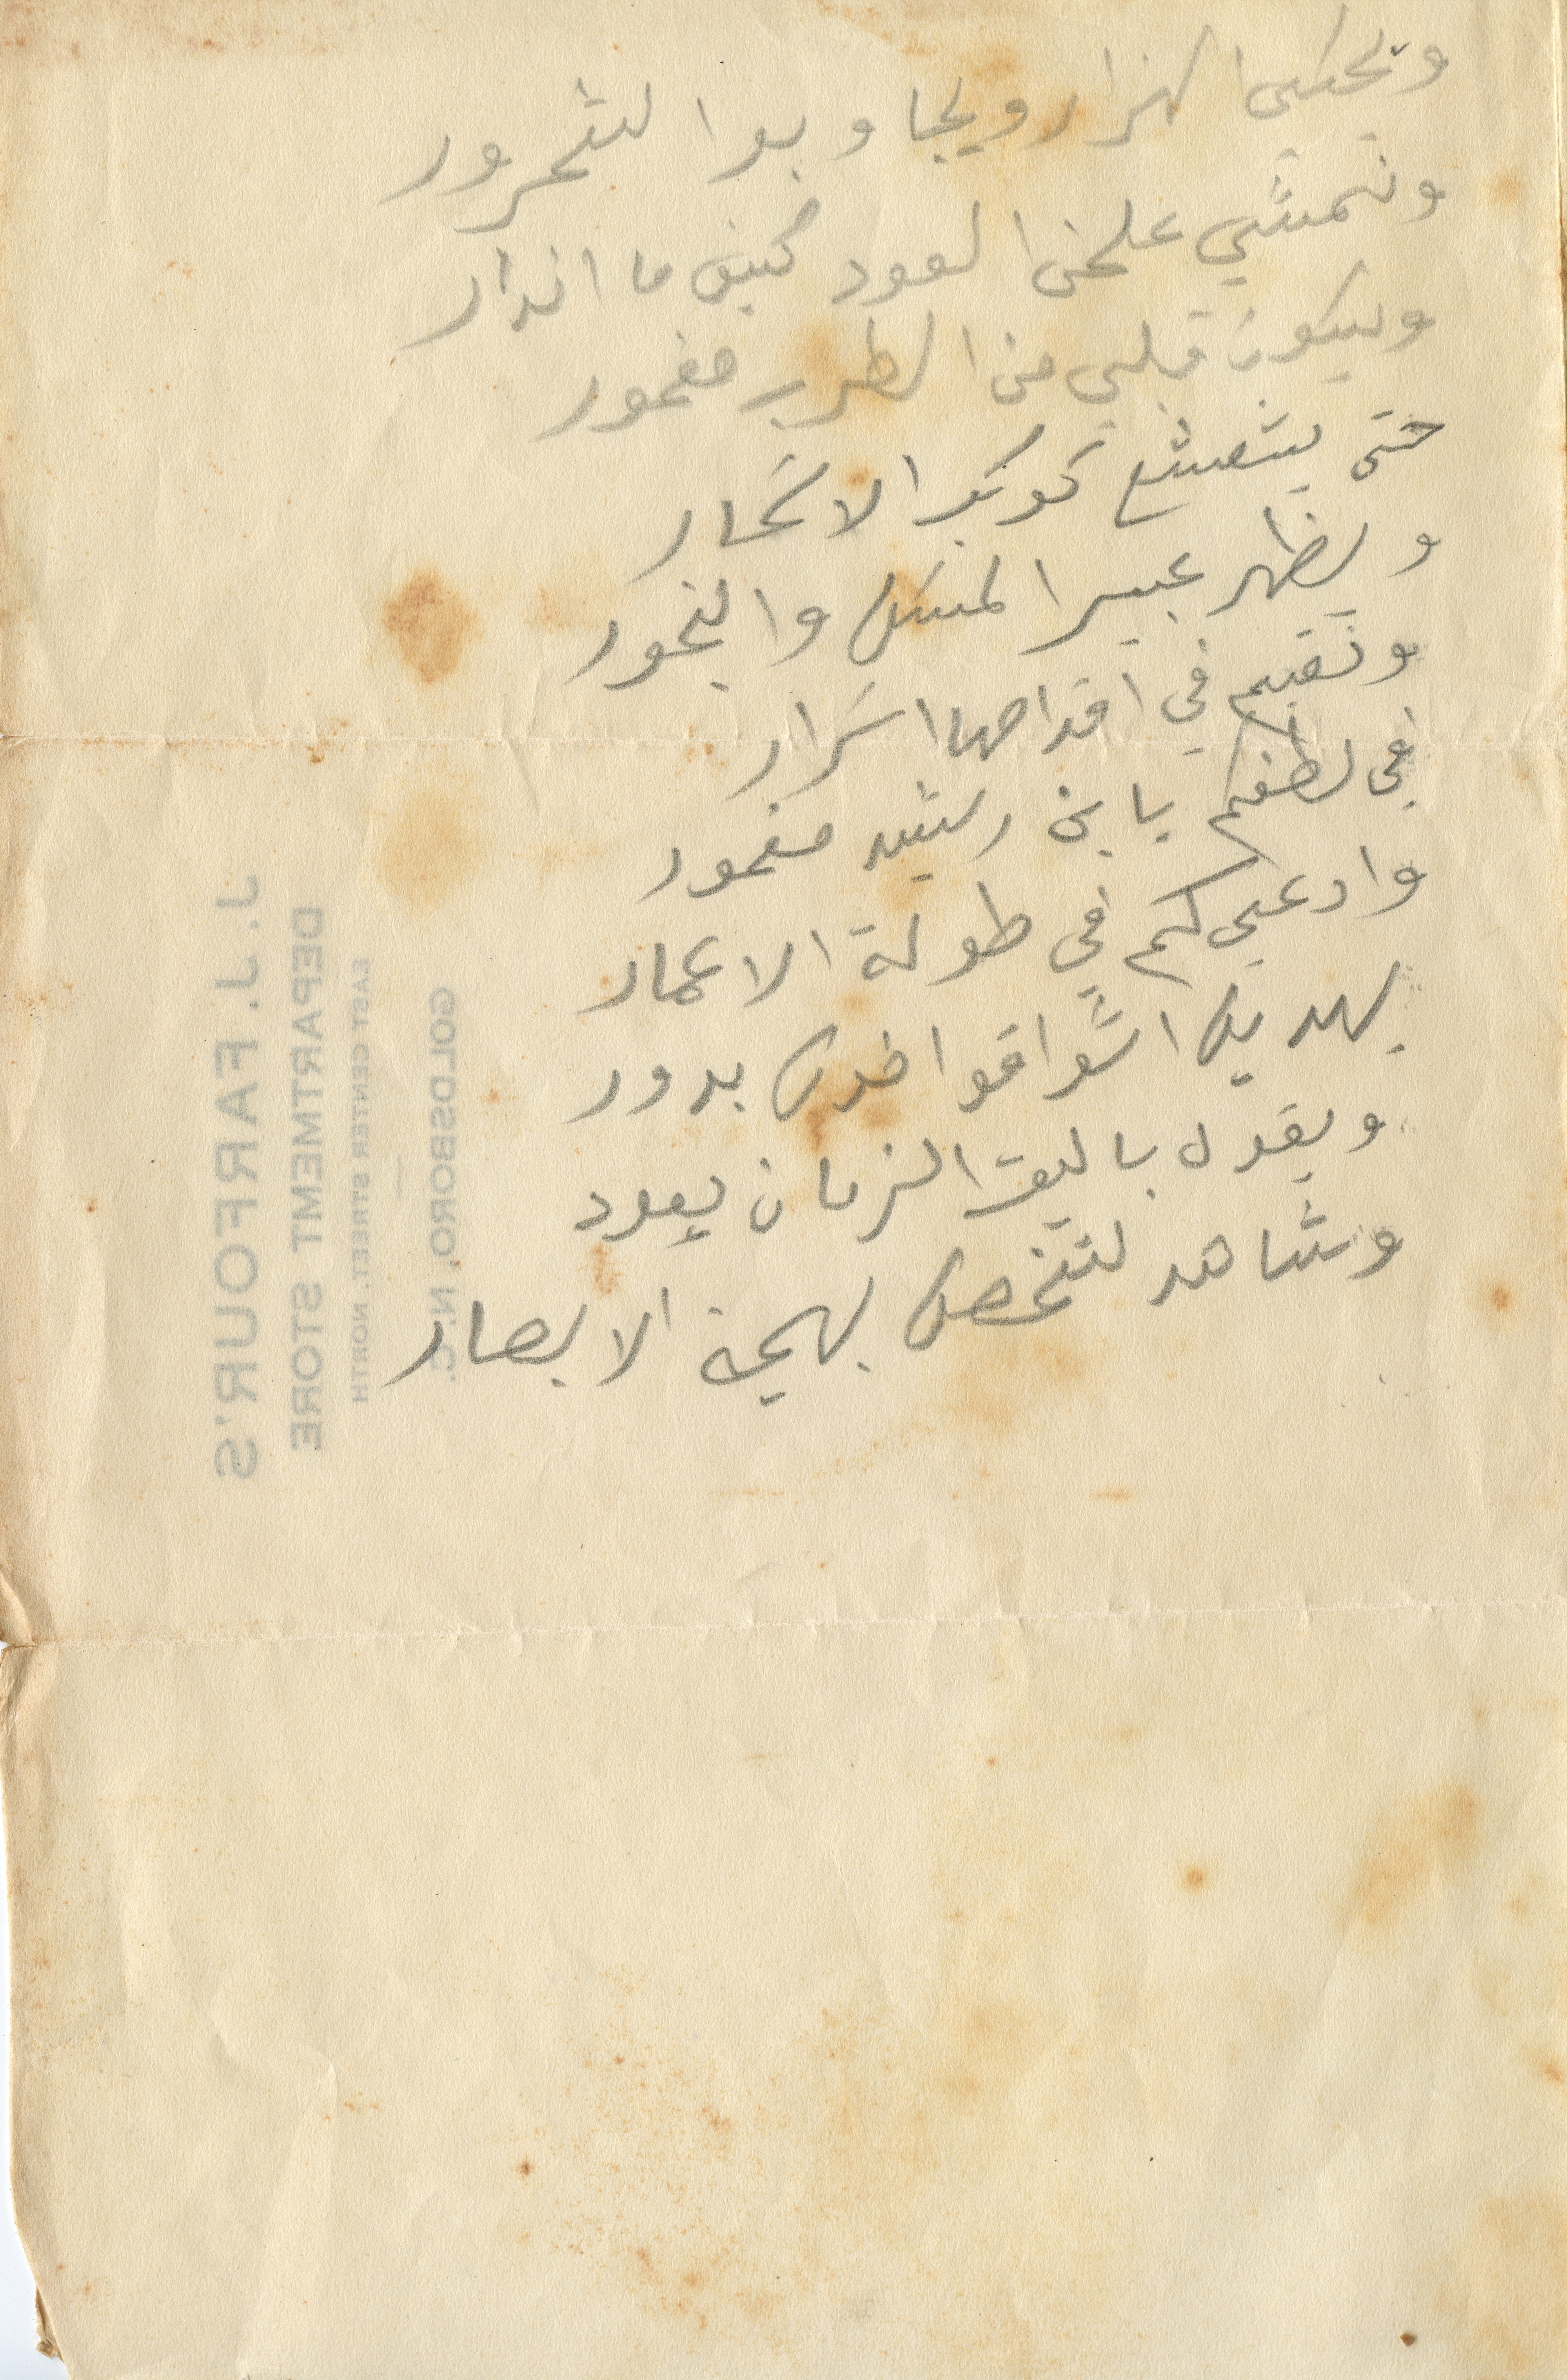
ويحبني الهزار ويحب وبرا الشحرور
ونمشي علمن العود كيف ما اندار
ويكون قلبي من الطرب مغمور
حتى يشعشع كوكب الالحان
ويظهر عبيرا المسن والبحور
ونقيم في اقدامها اسرار
في لطفكم بابن رشيد مغمور
وادعي كم في طولة الاعمار
يهديه ااشواقًا فوق بدور
ويقول يا ليت الزمان يعود
وشاهد لتنهض بهجة الابصار